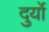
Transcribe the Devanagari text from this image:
दुर्यो